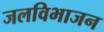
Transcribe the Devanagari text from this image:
जलविभाजन